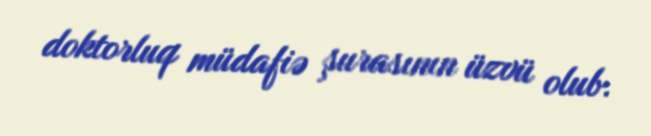
doktorluq müdafiə şurasının üzvü olub.